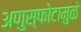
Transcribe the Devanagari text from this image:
अणुस्फोटामुळे